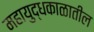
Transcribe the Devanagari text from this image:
महायुद्धकाळातील